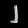
Digit: ၂